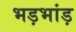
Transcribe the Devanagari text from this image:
भड़भांड़